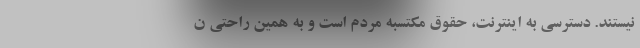
نیستند. دسترسی به اینترنت، حقوق مکتسبه مردم است و به همین راحتی ن